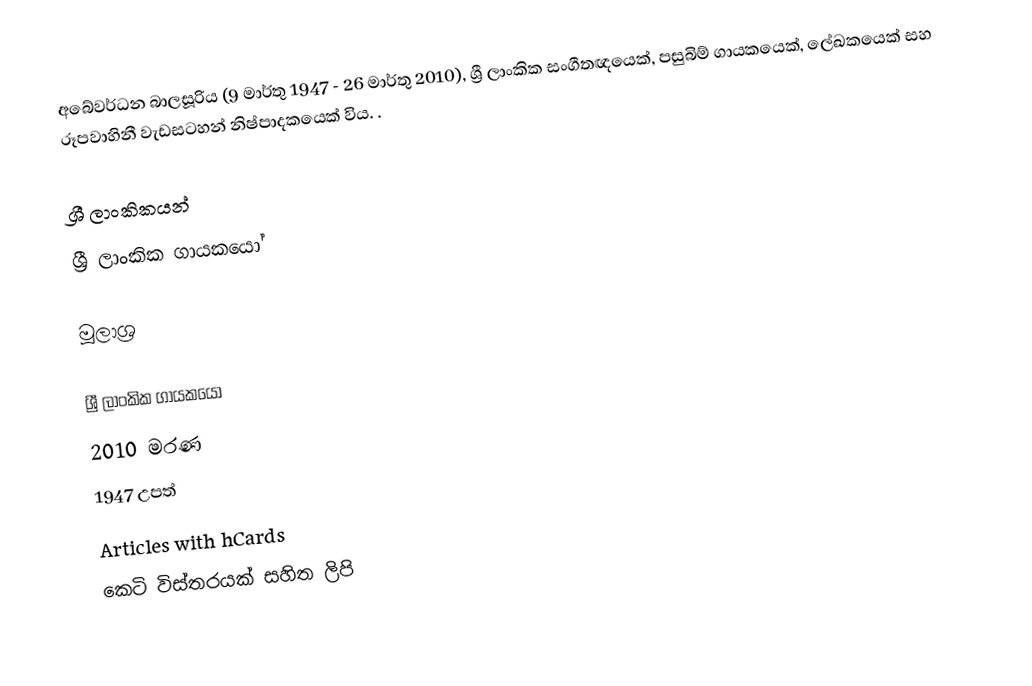
අබේවර්ධන බාලසූරිය (9 මාර්තු 1947 - 26 මාර්තු 2010), ශ්‍රී ලාංකික සංගීතඥයෙක්, පසුබිම් ගායකයෙක්, ලේඛකයෙක් සහ රූපවාහිනී වැඩසටහන් නිෂ්පාදකයෙක් විය.  .

ශ්‍රී ලාංකිකයන්
ශ්‍රී ලාංකික ගායකයෝ

මූලාශ්‍ර

ශ්‍රී ලාංකික ගායකයෝ
2010 මරණ
1947 උපත්
Articles with hCards
කෙටි විස්තරයක් සහිත ලිපි